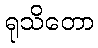
ရုသိတော